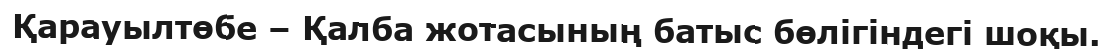
Қарауылтөбе – Қалба жотасының батыс бөлігіндегі шоқы.